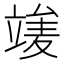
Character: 𥪣